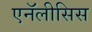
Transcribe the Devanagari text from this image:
एनॅलीसिस